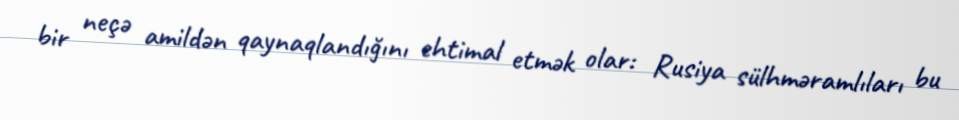
bir neçə amildən qaynaqlandığını ehtimal etmək olar: Rusiya sülhməramlıları bu